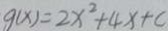
g ( x ) = 2 x ^ { 2 } + 4 x + c